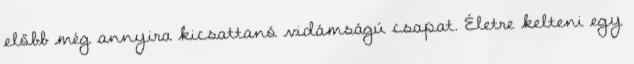
előbb még annyira kicsattanó vidámságú csapat. Életre kelteni egy